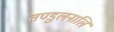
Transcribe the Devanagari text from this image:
तण्डुलनालि